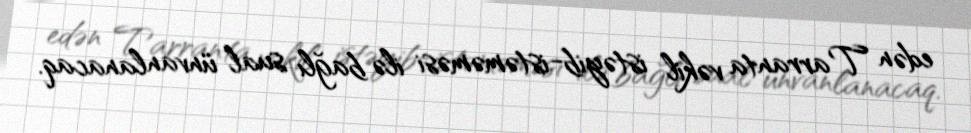
edən Tarranta vəkil istəyib-istəməməsi ilə bağlı sual ünvanlanacaq.